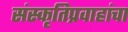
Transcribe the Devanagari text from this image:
संस्कृतिप्रवाहांचा